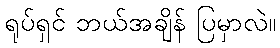
ရုပ်ရှင် ဘယ်အချိန် ပြမှာလဲ။